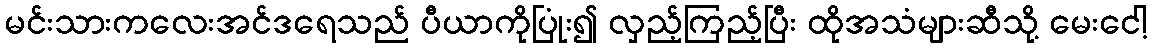
မင်းသားကလေးအင်ဒရေသည် ပီယာကိုပြုံး၍ လှည့်ကြည့်ပြီး ထိုအသံများဆီသို့ မေးငေါ့